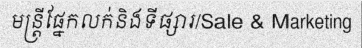
មន្ត្រីផ្នែកលក់និងទីផ្សារ/Sale & Marketing